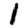
Digit: 1